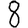
Digit: 8